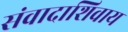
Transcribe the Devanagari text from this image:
संवादाशिवाय